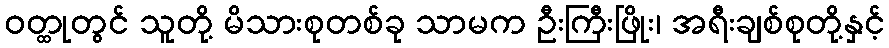
ဝတ္ထုတွင် သူတို့ မိသားစုတစ်ခု သာမက ဦးကြီးဖြိုး၊ အရီးချစ်စုတို့နှင့်